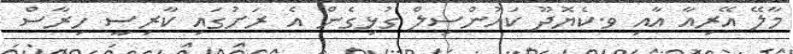
މާލޭ އޭރިއާ އާއި ވ.ކެޔޮދޫ ކައުންސިލް ގުޅިގެން އެ ރަށުގައި ކާރިސީ ހިރާސް